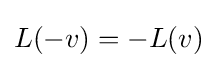
L(-v)=-L(v)